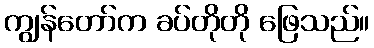
ကျွန်တော်က ခပ်တိုတို ဖြေသည်။